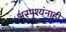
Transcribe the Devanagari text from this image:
अस्पृश्यंनाही